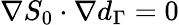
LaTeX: \nabla S_{0}\cdot\nabla d_{\Gamma}=0